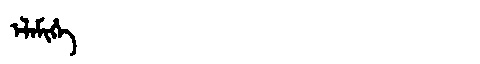
Manchu: ᡝᠯᡝᠮᡳᡥᡝ
Romanization: ELEMIHE